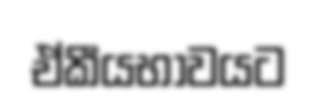
ඒකීයභාවයට